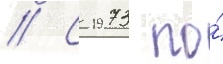
// С 1973 по́